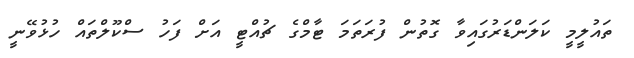
ތައުލީމީ ކަލަންޑަރުގައިވާ ގޮތުން ފުރަތަމަ ޓާމްގެ ޗުއްޓީ އަށް ފަހު ސްކޫލްތައް ހުޅުވޭނީ